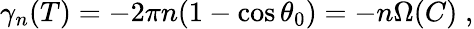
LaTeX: \gamma_{n}(T)=-2\pi n(1-\cos\theta_{0})=-n\Omega(C)\; ,